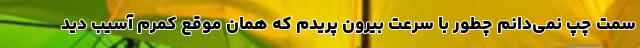
سمت چپ نمی‌دانم چطور با سرعت بیرون پریدم که همان موقع کمرم آسیب دید